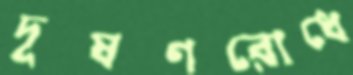
দূষণরোধে